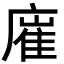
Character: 𢊛